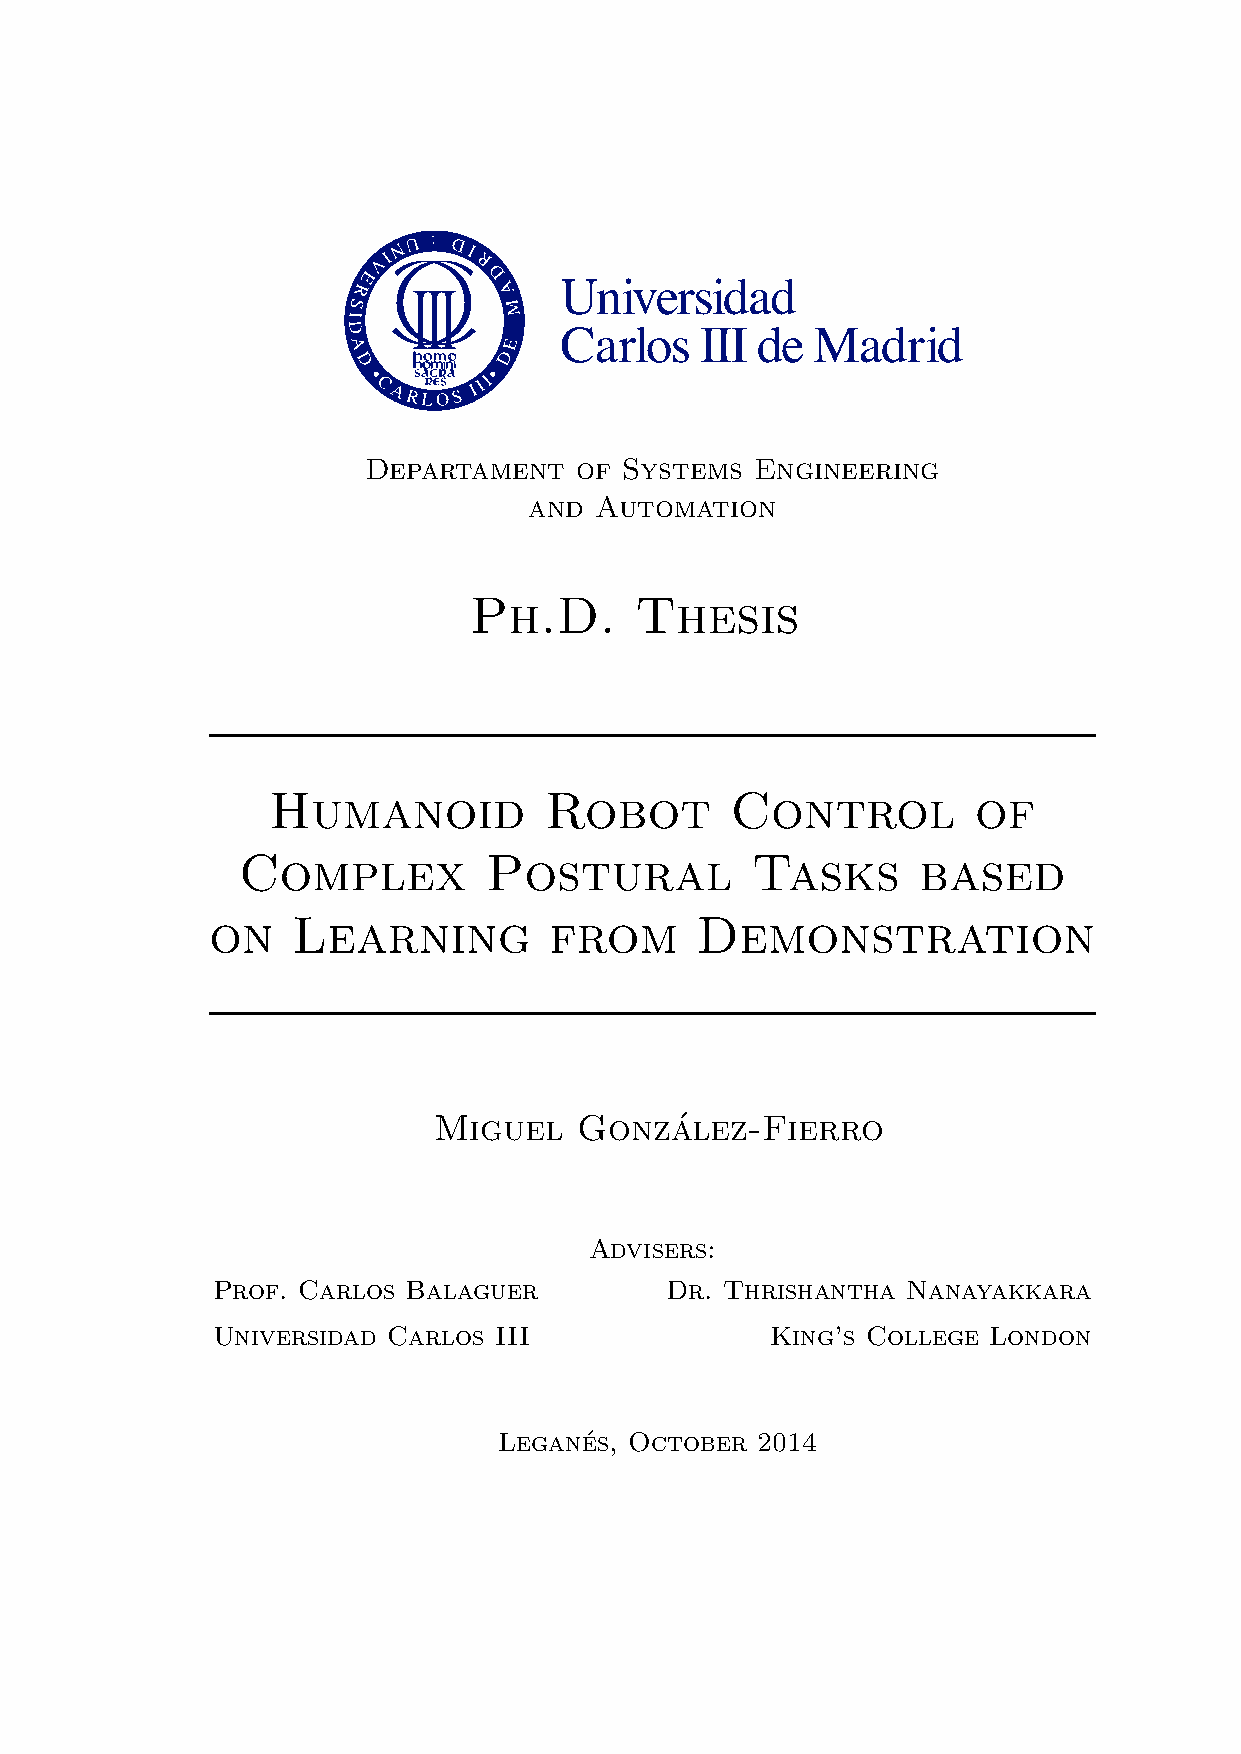
Departament   of Systems  Engineering
 and Automation
 Ph.D.      Thesis
 Humanoid          Robot       Control          of
 Complex         Postural          Tasks      based
 on   Learning         from      Demonstration
 Miguel   Gonza´lez-Fierro
 Advisers:
 Prof. Carlos Balaguer         Dr. Thrishantha Nanayakkara
 Universidad Carlos III               King’s College London
 Legane´s, October 2014